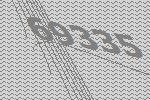
69335